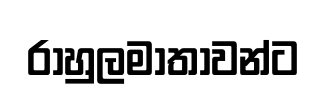
රාහුලමාතාවන්ට